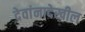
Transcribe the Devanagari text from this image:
देवांनादेखील